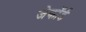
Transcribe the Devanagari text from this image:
जेकॉर्ड